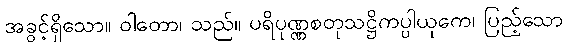
အခွင့်ရှိသော။ ဝါတော၊ သည်။ ပရိပုဏ္ဏစတုသဋ္ဌိကပ္ပါယုကေ၊ ပြည့်သော